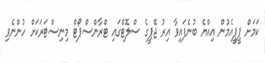
ކަމަށް ޕީޕީއެމުން އިއްޔެ ބުނެފައިވާ އިރު ޖޭޕީގެ ސްލޮޓްގައި ޓްރާންސްޕޯޓް މިނިސްޓަރަކަށް ހުންނެވި